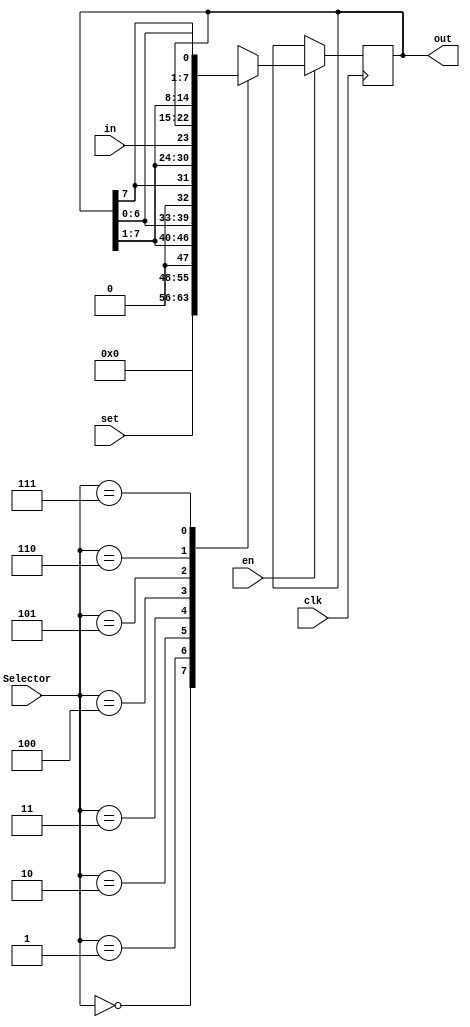
module Lab06_Register(en, clk, Selector, in, set, out);
  input en;
  input in;
  input clk;
  input [7:0] set;
  input [2:0] Selector;
  output reg [7:0] out;
  
  always @ (posedge clk)
  begin
  if (en)
    case (Selector)
	   0: begin out <= 0; end
		1: begin out <= set; end
		2: begin out <= {1'b0, out[7:1]}; end
		3: begin out <= {out[6:0], 1'b0}; end
		4: begin out <= {out[7], out[7:1]}; end
		5: begin out <= {in, out[7:1]}; end
		6: begin out <= {out[0], out[7:1]}; end
		7: begin out <= {out[6:0], out[7]}; end
	 endcase 
  else
    out <= out;
  end
  
endmodule